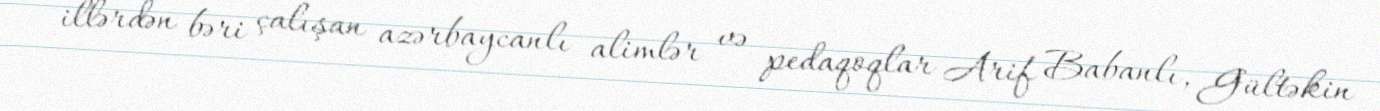
illərdən bəri çalışan azərbaycanlı alimlər və pedaqoqlar Arif Babanlı, Gültəkin